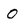
Character: 0